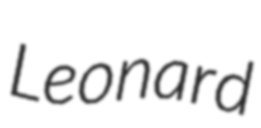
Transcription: Leonard